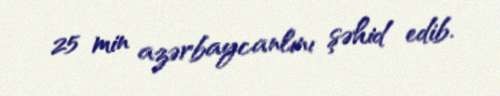
25 min azərbaycanlını şəhid edib.